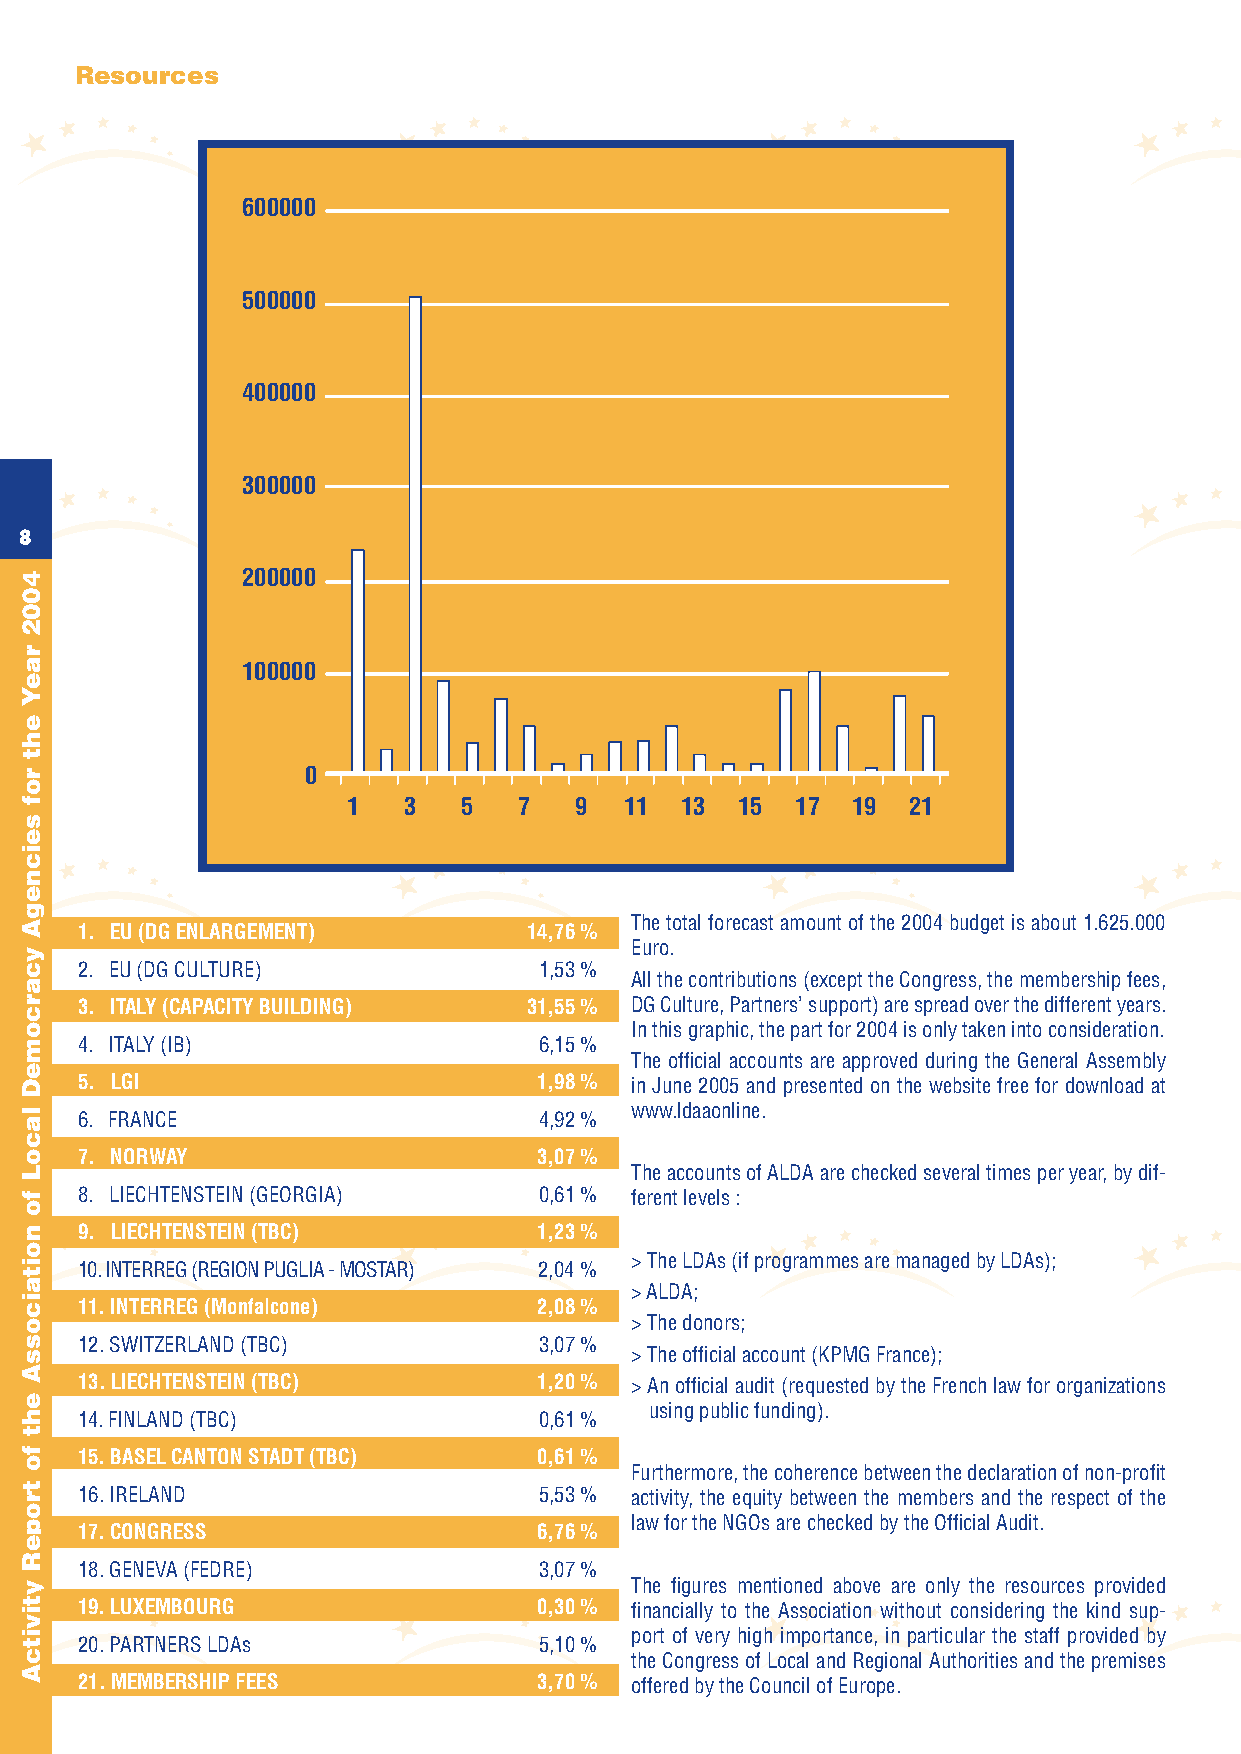
Resources
 600000
 500000
 400000
 300000
 8                                                                                                                                                                9
 200000
 100000
 0
 1   3  5   7   9  11  13  15  17 19  21
 The total forecast amount of the 2004 budget is about 1.625.000
 1. EU (DG ENLARGEMENT)        14,76 %
 Euro.
 2. EU (DG CULTURE)             1,53 %
 All the contributions (except the Congress, the membership fees,
 3. ITALY (CAPACITY BUILDING)  31,55 % DG Culture, Partners’ support) are spread over the different years.
 In this graphic, the part for 2004 is only taken into consideration.
 4. ITALY (IB)                  6,15 %
 The official accounts are approved during the General Assembly
 5. LGI                         1,98 % in June 2005 and presented on the website free for download at
 www.ldaaonline. 6. FRANCE 4,92 %
 7. NORWAY                      3,07 %
 The accounts of ALDA are checked several times per year, by dif-
 8. LIECHTENSTEIN (GEORGIA)     0,61 % ferent levels :
 9. LIECHTENSTEIN (TBC)         1,23 %
 > The LDAs (if programmes are managed by LDAs);
 10. INTERREG (REGION PUGLIA - MOSTAR) 2,04 %
 > ALDA;
 11. INTERREG (Monfalcone)      2,08 %
 > The donors;
 12. SWITZERLAND (TBC)          3,07 %
 > The official account (KPMG France);
 13. LIECHTENSTEIN (TBC)        1,20 % > An official audit (requested by the French law for organizations
 using public funding).
 14. FINLAND (TBC)              0,61 %
 15. BASEL CANTON STADT (TBC)   0,61 %
 Furthermore, the coherence between the declaration of non-profit
 16. IRELAND                    5,53 % activity, the equity between the members and the respect of the
 law for the NGOs are checked by the Official Audit.
 17. CONGRESS                   6,76 %
 18. GENEVA (FEDRE)             3,07 %
 The figures mentioned above are only the resources provided
 19. LUXEMBOURG                 0,30 % financially to the Association without considering the kind sup-
 port of very high importance, in particular the staff provided by
 20. PARTNERS LDAs              5,10 %
 the Congress of Local and Regional Authorities and the premises
 21. MEMBERSHIP FEES            3,70 % offered by the Council of Europe.
 4002
 raeY
 eht
 rof
 seicnegA
 ycarcomeD
 lacoL
 fo
 noitaicossA
 eht
 fo
 tropeR
 ytivitcA